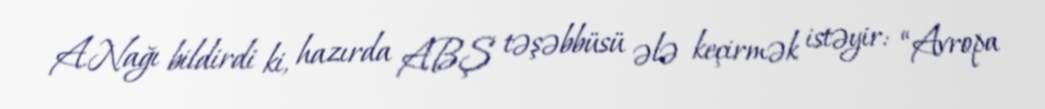
A.Nağı bildirdi ki, hazırda ABŞ təşəbbüsü ələ keçirmək istəyir: “Avropa